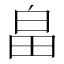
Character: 畠